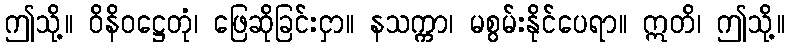
ဤသို့။ ဝိနိဝဋ္ဌေတုံ၊ ဖြေဆိုခြင်းငှာ။ နသက္ကာ၊ မစွမ်းနိုင်ပေရာ။ ဣတိ၊ ဤသို့။